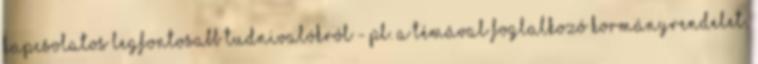
kapcsolatos legfontosabb tudnivalókról - pl. a témával foglalkozó kormányrendelet,